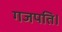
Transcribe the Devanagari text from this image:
गजपति।